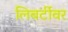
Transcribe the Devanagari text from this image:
लिबर्टीवर